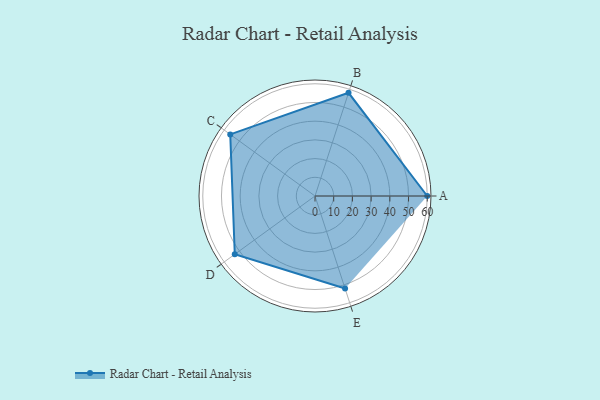
{"axis": {"x": "Skill", "y": "Score"}, "legend": ["Profile"], "data": [{"x": "A", "y": 60.0, "type": "Profile"}, {"x": "B", "y": 58.0, "type": "Profile"}, {"x": "C", "y": 56.0, "type": "Profile"}, {"x": "D", "y": 53.0, "type": "Profile"}, {"x": "E", "y": 52.0, "type": "Profile"}]}